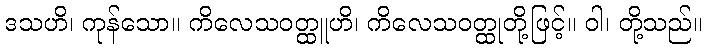
ဒသဟိ၊ ကုန်သော။ ကိလေသဝတ္ထူဟိ၊ ကိလေသဝတ္ထုတို့ဖြင့်။ ဝါ၊ တို့သည်။